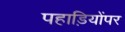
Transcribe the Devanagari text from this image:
पहाड़ियोंपर